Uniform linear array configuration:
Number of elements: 16
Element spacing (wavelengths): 0.75
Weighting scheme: hann
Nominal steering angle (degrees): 0
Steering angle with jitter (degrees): -1.09
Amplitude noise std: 0.05
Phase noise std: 0.05

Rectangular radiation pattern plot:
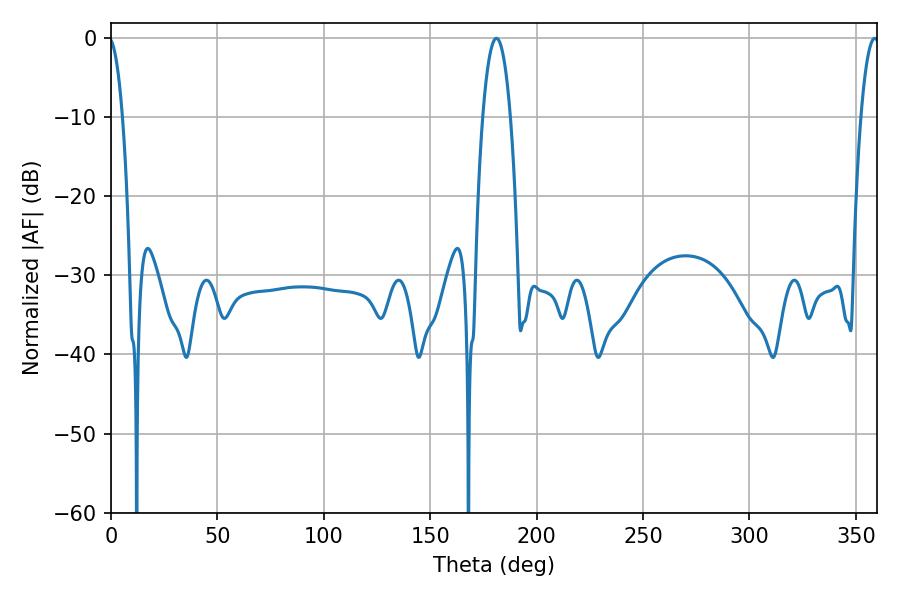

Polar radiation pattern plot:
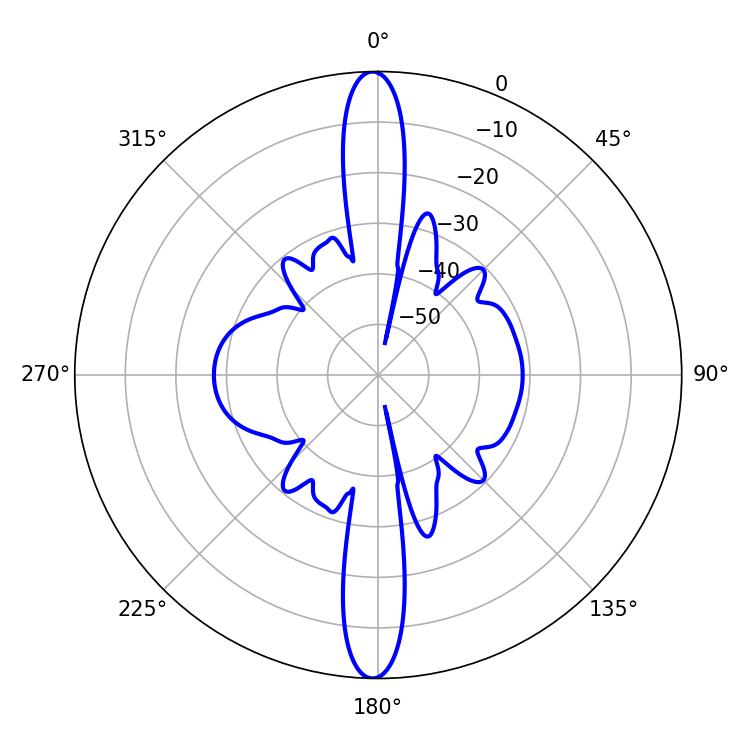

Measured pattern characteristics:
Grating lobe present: TRUE
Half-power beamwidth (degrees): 7.2
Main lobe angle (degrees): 181.08